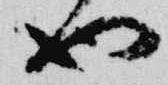
也